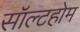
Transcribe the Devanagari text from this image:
सॉल्टहोम